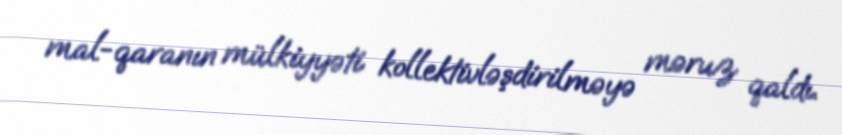
mal-qaranın mülkiyyəti kollektivləşdirilməyə məruz qaldı.